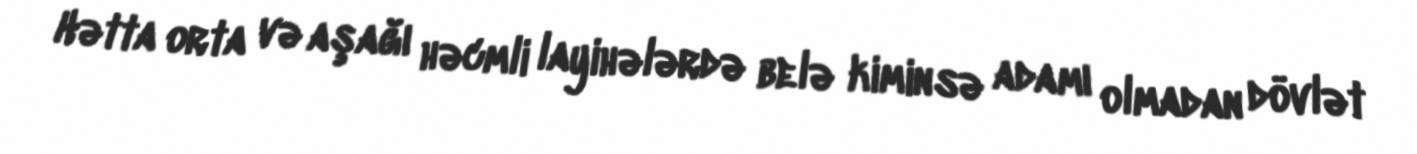
Hətta orta və aşağı həcmli layihələrdə belə kiminsə adamı olmadan dövlət